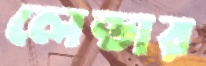
লেন্ডার